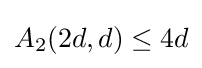
A_{2}(2d,d)\leq 4d